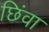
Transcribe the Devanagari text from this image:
छिंवा